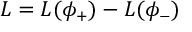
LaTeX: { \cal L } = { \cal L } ( \phi _ { + } ) - { \cal L } ( \phi _ { - } )